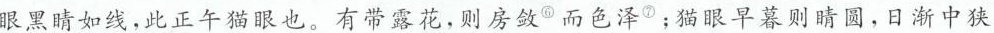
眼黑睛如线，此正午猫眼也。有带露花，则房敛^{⑥} 而色泽^{⑦} ；猫眼早暮则睛圆，日渐中狭